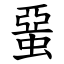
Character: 蝁